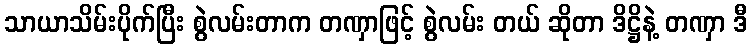
သာယာသိမ်းပိုက်ပြီး စွဲလမ်းတာက တဏှာဖြင့် စွဲလမ်း တယ် ဆိုတာ ဒိဋ္ဌိနဲ့ တဏှာ ဒီ